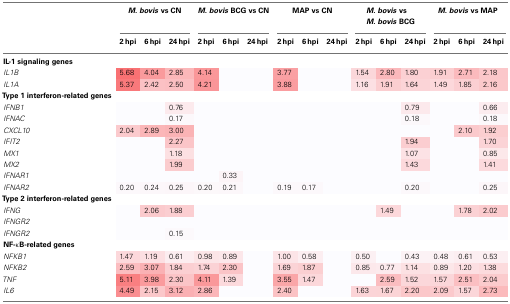
<table><thead><tr><td></td><td colspan="3"><b><i>M. bovis</i> vs CN</b></td><td colspan="3"><b><i>M. bovis</i> BCG vs CN</b></td><td colspan="3"><b>MAP vs CN</b></td><td colspan="3"><b><i>M. bovis</i> vs <i>M. bovis</i> BCG</b></td><td colspan="3"><b><i>M. bovis</i> vs MAP</b></td></tr><tr><td></td><td><b>2 hpi</b></td><td><b>6 hpi</b></td><td><b>24 hpi</b></td><td><b>2 hpi</b></td><td><b>6 hpi</b></td><td><b>24 hpi</b></td><td><b>2 hpi</b></td><td><b>6 hpi</b></td><td><b>24 hpi</b></td><td><b>2 hpi</b></td><td><b>6 hpi</b></td><td><b>24 hpi</b></td><td><b>2 hpi</b></td><td><b>6 hpi</b></td><td><b>24 hpi</b></td></tr></thead><tbody><tr><td><b>IL-1 signaling genes</b></td></tr><tr><td><i>IL1B</i></td><td>5.68</td><td>4.04</td><td>2.85</td><td>4.14</td><td></td><td></td><td>3.77</td><td></td><td></td><td>1.54</td><td>2.80</td><td>1.80</td><td>1.91</td><td>2.71</td><td>2.18</td></tr><tr><td><i>IL1A</i></td><td>5.37</td><td>2.42</td><td>2.50</td><td>4.21</td><td></td><td></td><td>3.88</td><td></td><td></td><td>1.16</td><td>1.91</td><td>1.64</td><td>1.49</td><td>1.85</td><td>2.16</td></tr><tr><td><b>Type 1 interferon-related genes</b></td></tr><tr><td><i>IFNB1</i></td><td></td><td></td><td>0.76</td><td></td><td></td><td></td><td></td><td></td><td></td><td></td><td></td><td>0.79</td><td></td><td></td><td>0.66</td></tr><tr><td><i>IFNAC</i></td><td></td><td></td><td>0.17</td><td></td><td></td><td></td><td></td><td></td><td></td><td></td><td></td><td>0.18</td><td></td><td></td><td>0.18</td></tr><tr><td><i>CXCL10</i></td><td>2.04</td><td>2.89</td><td>3.00</td><td></td><td></td><td></td><td></td><td></td><td></td><td></td><td></td><td></td><td></td><td>2.10</td><td>1.92</td></tr><tr><td><i>IFIT2</i></td><td></td><td></td><td>2.27</td><td></td><td></td><td></td><td></td><td></td><td></td><td></td><td></td><td>1.94</td><td></td><td></td><td>1.70</td></tr><tr><td><i>MX1</i></td><td></td><td></td><td>1.18</td><td></td><td></td><td></td><td></td><td></td><td></td><td></td><td></td><td>1.07</td><td></td><td></td><td>0.85</td></tr><tr><td><i>MX2</i></td><td></td><td></td><td>1.99</td><td></td><td></td><td></td><td></td><td></td><td></td><td></td><td></td><td>1.43</td><td></td><td></td><td>1.41</td></tr><tr><td><i>IFNAR1</i></td><td></td><td></td><td></td><td></td><td>0.33</td><td></td><td></td><td></td><td></td><td></td><td></td><td></td><td></td><td></td><td></td></tr><tr><td><i>IFNAR2</i></td><td>0.20</td><td>0.24</td><td>0.25</td><td>0.20</td><td>0.21</td><td></td><td>0.19</td><td>0.17</td><td></td><td></td><td></td><td>0.20</td><td></td><td></td><td>0.25</td></tr><tr><td><b>Type 2 interferon-related genes</b></td></tr><tr><td><i>IFNG</i></td><td></td><td>2.06</td><td>1.88</td><td></td><td></td><td></td><td></td><td></td><td></td><td></td><td>1.49</td><td></td><td></td><td>1.78</td><td>2.02</td></tr><tr><td><i>IFNGR2</i></td><td></td><td></td><td></td><td></td><td></td><td></td><td></td><td></td><td></td><td></td><td></td><td></td><td></td><td></td><td></td></tr><tr><td><i>IFNGR2</i></td><td></td><td></td><td>0.15</td><td></td><td></td><td></td><td></td><td></td><td></td><td></td><td></td><td></td><td></td><td></td><td></td></tr><tr><td><b>NF-κB-related genes</b></td></tr><tr><td><i>NFKB1</i></td><td>1.47</td><td>1.19</td><td>0.61</td><td>0.98</td><td>0.89</td><td></td><td>1.00</td><td>0.58</td><td></td><td>0.50</td><td></td><td>0.43</td><td>0.48</td><td>0.61</td><td>0.53</td></tr><tr><td><i>NFKB2</i></td><td>2.59</td><td>3.07</td><td>1.84</td><td>1.74</td><td>2.30</td><td></td><td>1.69</td><td>1.87</td><td></td><td>0.85</td><td>0.77</td><td>1.14</td><td>0.89</td><td>1.20</td><td>1.38</td></tr><tr><td><i>TNF</i></td><td>5.11</td><td>3.98</td><td>2.30</td><td>4.11</td><td>1.39</td><td></td><td>3.55</td><td>1.47</td><td></td><td></td><td>2.59</td><td>1.52</td><td>1.57</td><td>2.51</td><td>2.04</td></tr><tr><td><i>IL6</i></td><td>4.49</td><td>2.15</td><td>3.12</td><td>2.86</td><td></td><td></td><td>2.40</td><td></td><td></td><td>1.63</td><td>1.67</td><td>2.20</td><td>2.09</td><td>1.57</td><td>2.73</td></tr></tbody></table>